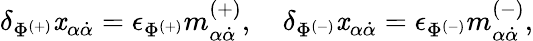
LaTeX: \delta_{\Phi^{(+)}}\mathit{x}_{\alpha\dot{{\alpha}}}=\epsilon_{\Phi^{(+)}}m_{\alpha\dot{{\alpha}}}^{(+)},\quad\delta_{\Phi^{(-)}}\mathit{x}_{\alpha\dot{{\alpha}}}=\epsilon_{\Phi^{(-)}}m_{\alpha\dot{{\alpha}}}^{(-)},